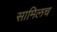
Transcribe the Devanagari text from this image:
सामिलच